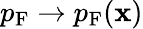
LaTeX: p_{\mathrm{F}}\to p_{\mathrm{F}}(\mathbf{x})